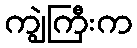
ကျွဲကြီးက